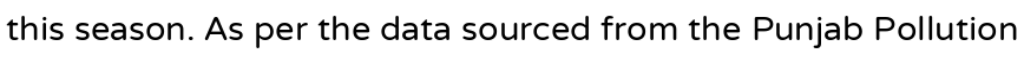
this season. As per the data sourced from the Punjab Pollution